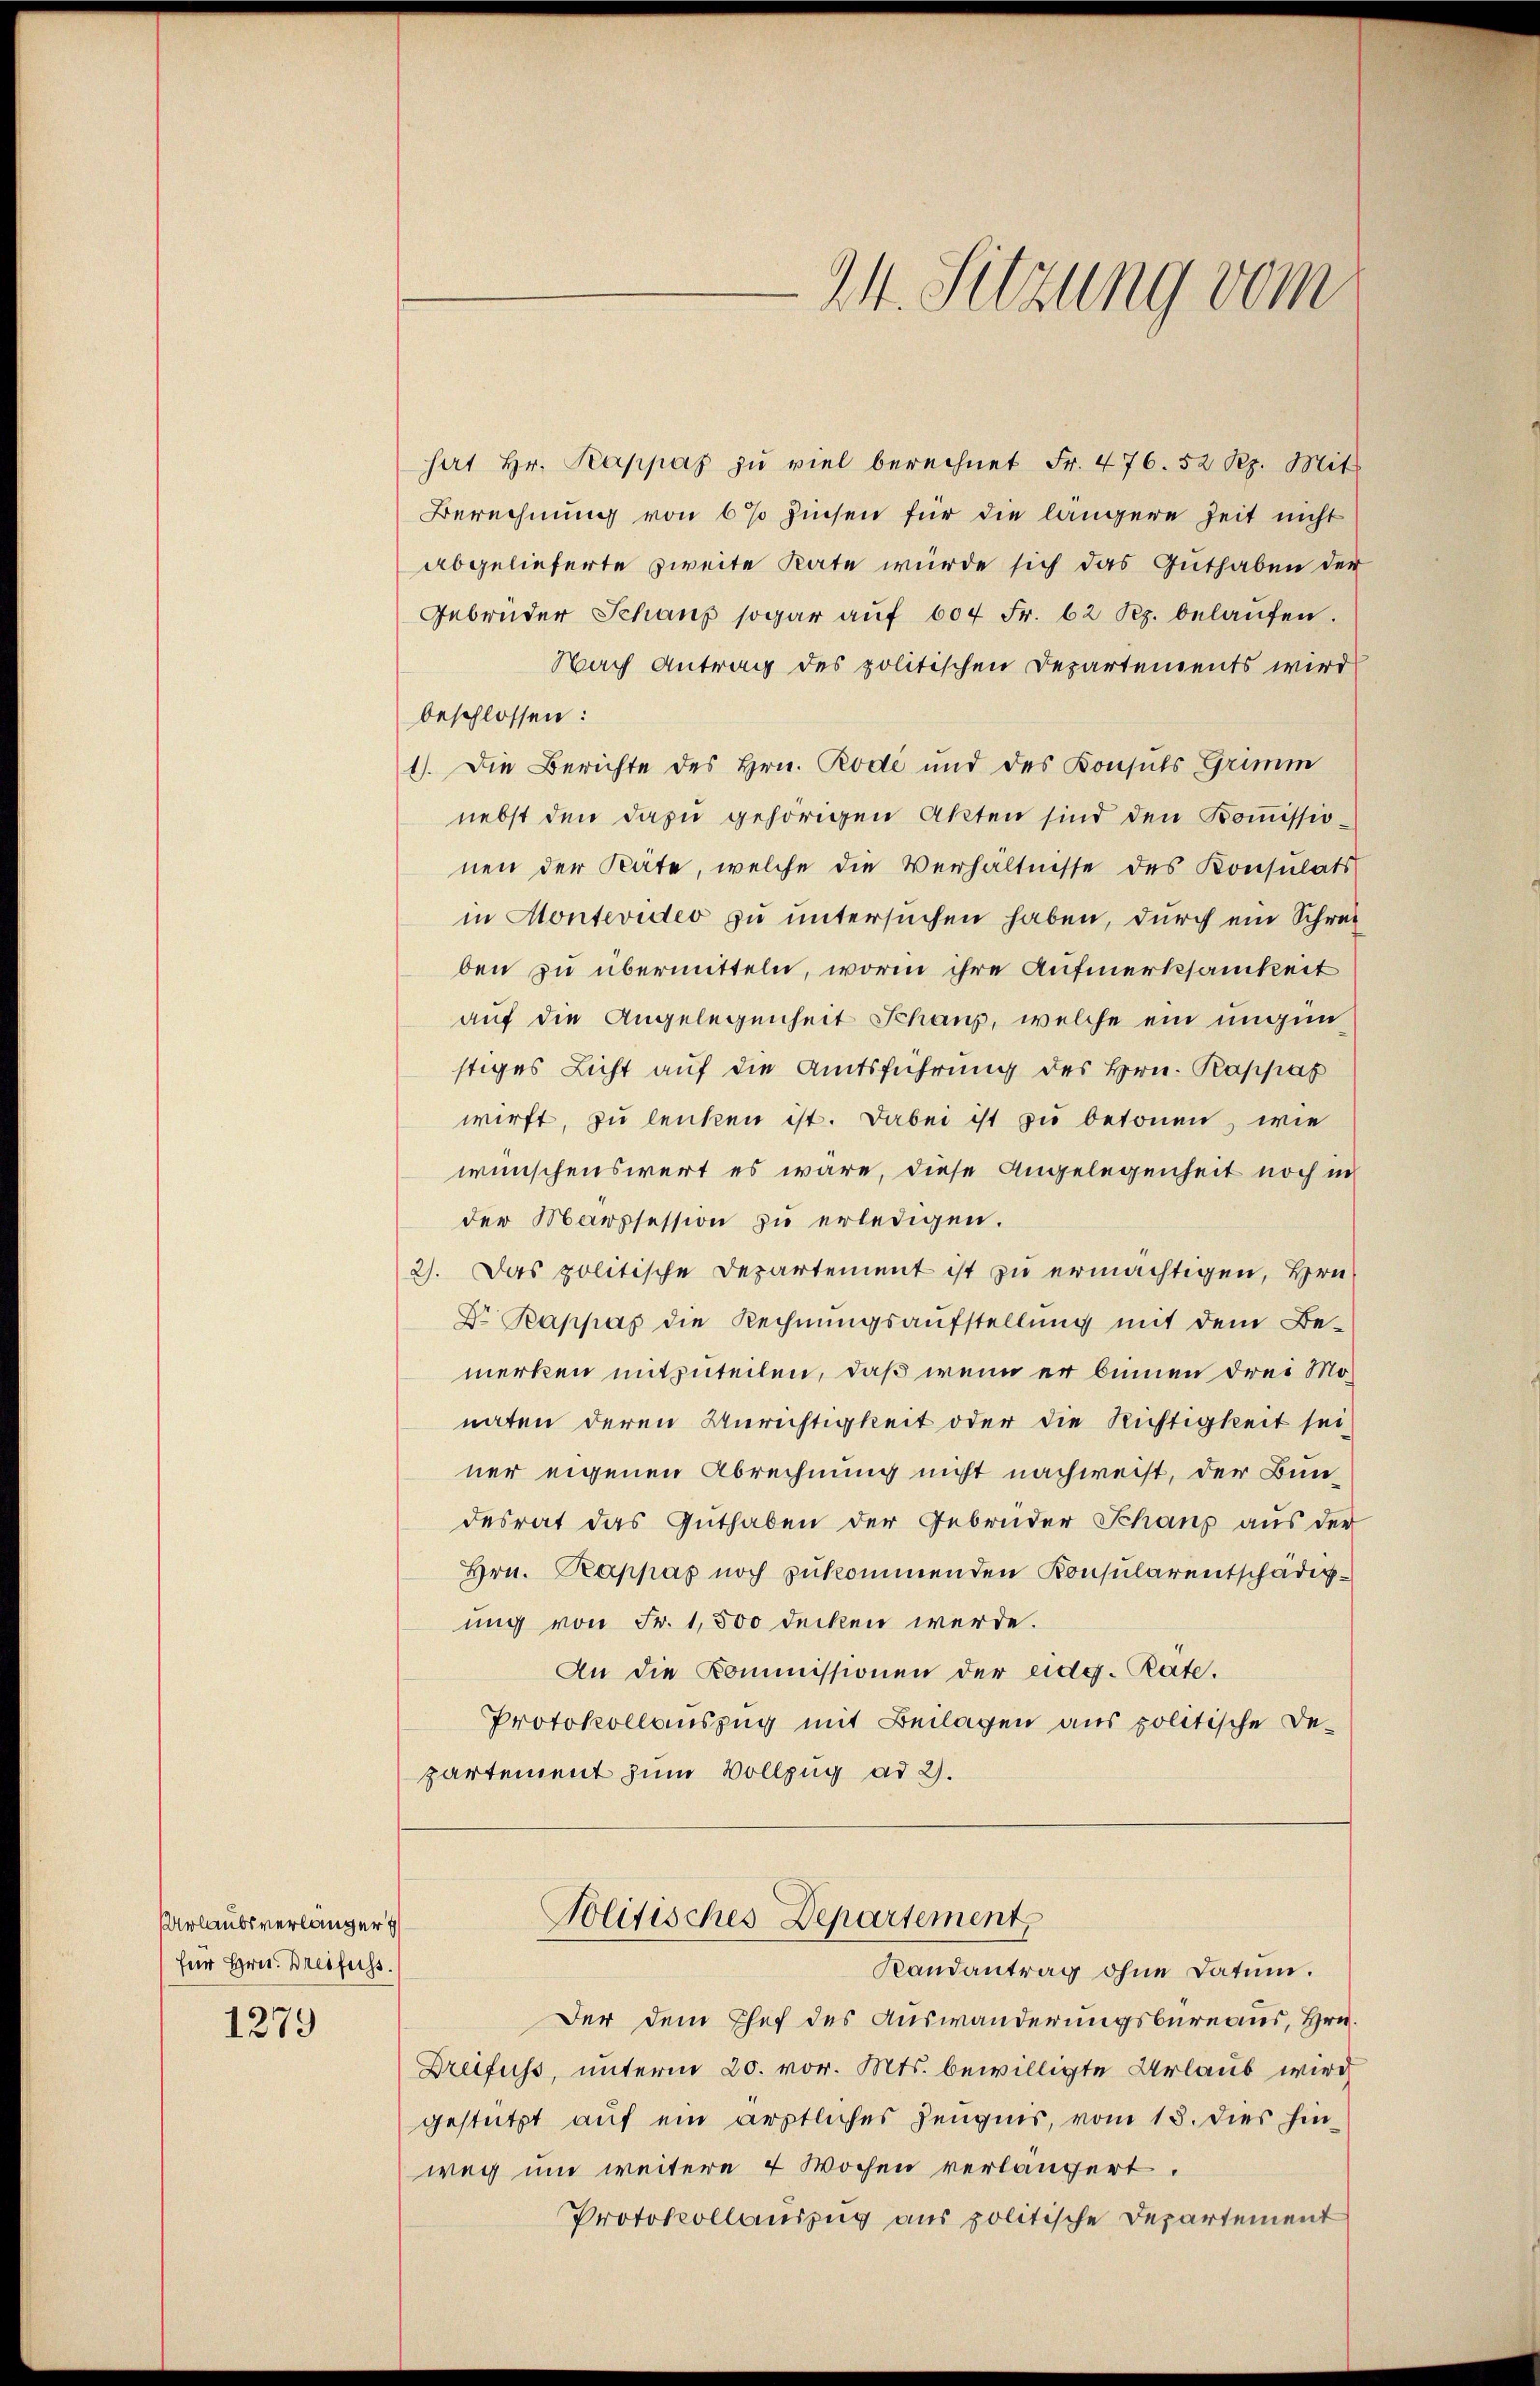
rlaubsverlanger
für Hrn. Dreifuss.

1279

hat Hr. Kappaz zu viel berechnet Fr. 476. 52 Rp. Mit
Berechnung von 6% Zinsen für die längere Zeit nicht
abgelieferte zweite Rate würde sich das Guthaben der
Gebrüder Schaus sogar aŭf 604 Fr. 62 Rp. belaŭfen.
Nach Antrag des politischen Departements wird
beschlossen:
1). Die Berichte des Hrn. Rode und des Konsuls Grimm
nebst den dazu gehörigen Akten sind den Kommissionen der Säte, welche die Verhältnisse des Konsulats
in Montevideo zu untersuchen haben, durch ein Schreiben zu übermitteln, worin ihre Aufmerksamkeit
auf die Angelegenheit Schaus, welche ein ungunstiges Licht auf die Amtsführung des Hrn. Rappas
wirft, zu lenken ist. Dabei ist zu betonen, wie
wünschenswert es wäre, diese Angelegenheit noch in
der Marssession zu erledigen.
2). Das politische Departement ist zu ermächtigen, Hrn.
Dr. Rappas die Rechnŭngsaufstellŭng mit dem Be-
merken mitzuteilen, daß wenn er binnen drei Monaten deren Anrichtigkeit oder die Richtigkeit sei
ner eigenen Abrechnung nicht nachweist, der Bundesrat das Guthaben der Gebrüder Schaus aus der
Hrn. Rappas noch zukommenden Konsularentschädigung von Fr. 1,500 decken werde.
An die Kommissionen der eidg. Rate.
Protokollauszug mit Beilagen aus politische Departement zum Vollzug ad 2.

M. Sitzung vom

Der dem Chef des Auswanderungsbureaus, Hrn.
Dreifuss, unterm 20. vor. Mts. bewilligte Urlaub wird
gestützt auf ein ärztliches Zeugnis, vom 13. dies hinweg und weitere 4 Wochen verlängert.
Protokollauszug aus politische Departement

Solitisches Departement
Randantrag ohne Datum.